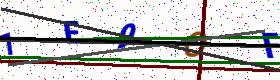
Text: 1E9OF